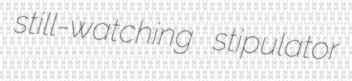
still-watching stipulator